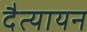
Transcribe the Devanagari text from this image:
दैत्यायन